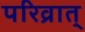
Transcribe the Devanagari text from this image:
परिव्रात्